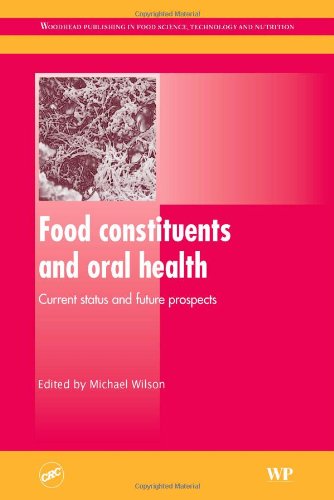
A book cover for Food Constituents and Oral Health: Current Status and Future Prospects (Woodhead Publishing Series in Food Science, Technology and Nutrition); Medical Books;